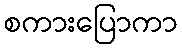
စကားပြောကာ